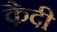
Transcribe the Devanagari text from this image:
कै़दी